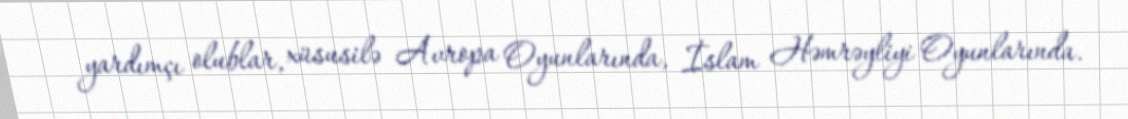
yardımçı olublar, xüsusilə Avropa Oyunlarında, İslam Həmrəyliyi Oyunlarında.